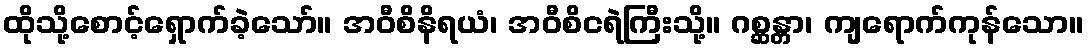
ထိုသို့စောင့်ရှောက်ခဲ့သော်။ အဝီစိနိရယံ၊ အဝီစိငရဲကြီးသို့။ ဂစ္ဆန္တာ၊ ကျရောက်ကုန်သော။